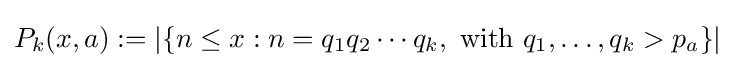
P_{k}(x,a):=\left|\left\{n\leq x:n=q_{1}q_{2}\cdots q_{k},~{\text{with}}~q_{1},\ldots ,q_{k}>p_{a}\right\}\right|